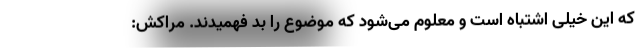
که این خیلی اشتباه است و معلوم می‌شود که موضوع را بد فهمیدند. مراکش: